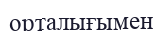
орталығымен